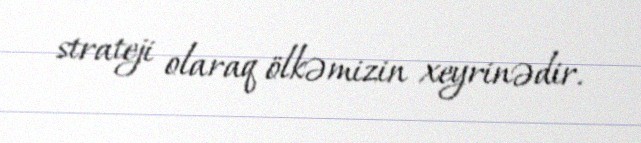
strateji olaraq ölkəmizin xeyrinədir.